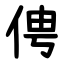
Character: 俜